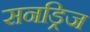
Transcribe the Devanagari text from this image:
सनड्रिज